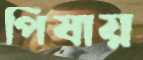
পিষায়